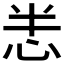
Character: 𢘤